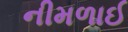
નીમળાઈ